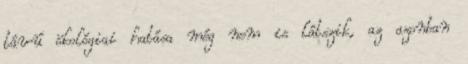
távú ökológiai hatása még nem is látszik, az azonban